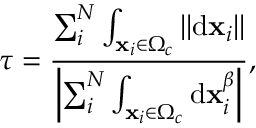
\tau = \frac { \sum _ { i } ^ { N } \int _ { \mathbf { x } _ { i } \in \Omega _ { c } } | | \mathrm { d } \mathbf { x } _ { i } | | } { \left| \sum _ { i } ^ { N } \int _ { \mathbf { x } _ { i } \in \Omega _ { c } } \mathrm { d } \mathbf { x } _ { i } ^ { \beta } \right| } ,